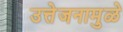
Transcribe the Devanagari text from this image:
उत्तेजनामुळे